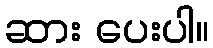
ဆား ပေးပါ။